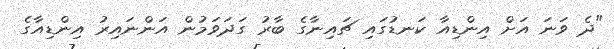
"ދެ ވަނަ އަށް އިިންޑިއާ ކަނޑުގައި ޗައިނާގެ ބާރު ގަދަވަމުން އަންނައިރު އިންޑިއާގެ